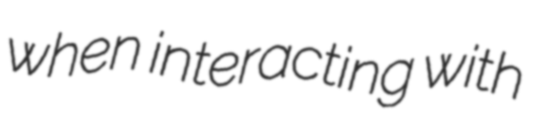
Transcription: when interacting with